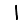
Digit: 1